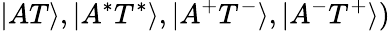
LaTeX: |AT\rangle,|A^{*}T^{*}\rangle,|A^{+}T^{-}\rangle,|A^{-}T^{+}\rangle)